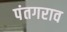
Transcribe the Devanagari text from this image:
पंतगराव